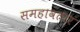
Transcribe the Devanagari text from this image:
समहावतार